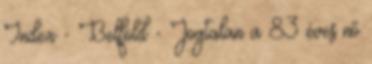
Index - Belföld - Jogtalan a 83 éves nő